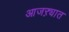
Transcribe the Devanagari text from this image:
आजऱ्यात